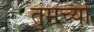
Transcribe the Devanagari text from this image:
तुमच्‍या